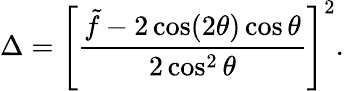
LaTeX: \Delta=\left[\frac{\tilde{f}-2\cos(2\theta)\cos\theta}{2\cos^{2}\theta}\right]^{2}.